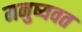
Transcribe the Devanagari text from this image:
मनुष्यवत